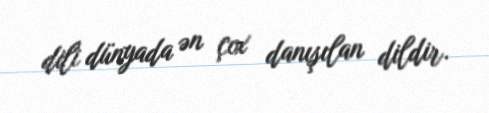
dili dünyada ən çox danışılan dildir.